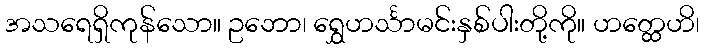
အသရေရှိကုန်သော။ ဥဘော၊ ရွှေဟင်္သာမင်းနှစ်ပါးတို့ကို။ ဟတ္ထေဟိ၊